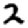
Digit: 2